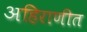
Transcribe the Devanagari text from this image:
अहिराणीत